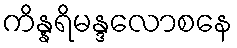
ကိန္နရိမန္ဒလောစနေ